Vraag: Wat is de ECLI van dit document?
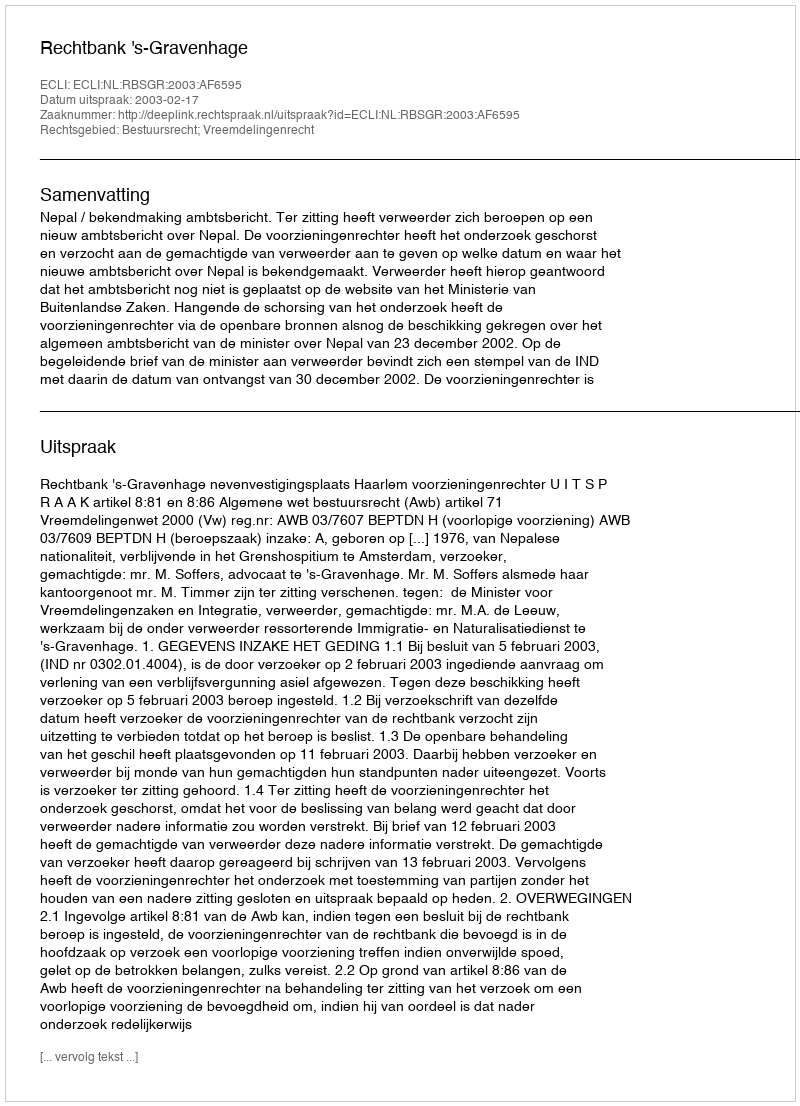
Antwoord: ECLI:NL:RBSGR:2003:AF6595